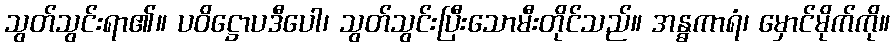
သွတ်သွင်းရာ၏။ ပဝိဋ္ဌောပဒီပေါ၊ သွတ်သွင်းပြီးသောမီးတိုင်သည်။ အန္ဓကာရံ၊ မှောင်မိုက်ကို။